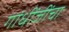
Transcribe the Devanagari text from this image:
गांधींजींचा